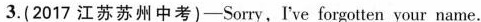
3.(2017 江苏苏州中考)-Sorry, I've forgotten your name.